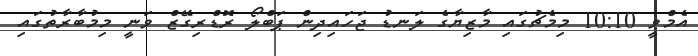
އެމްވީ 10:10 މިމެޗުގައި މާޒިޔާގެ ލަނޑު ޖަހައިދިން ޕަބްލޯ ރޮޑްރިގޭޒް ވަނީ މިމުބާރާތުގައި